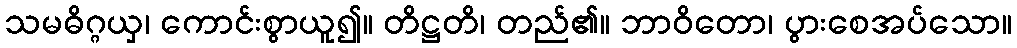
သမဓိဂ္ဂယှ၊ ကောင်းစွာယူ၍။ တိဋ္ဌတိ၊ တည်၏။ ဘာဝိတော၊ ပွားစေအပ်သော။